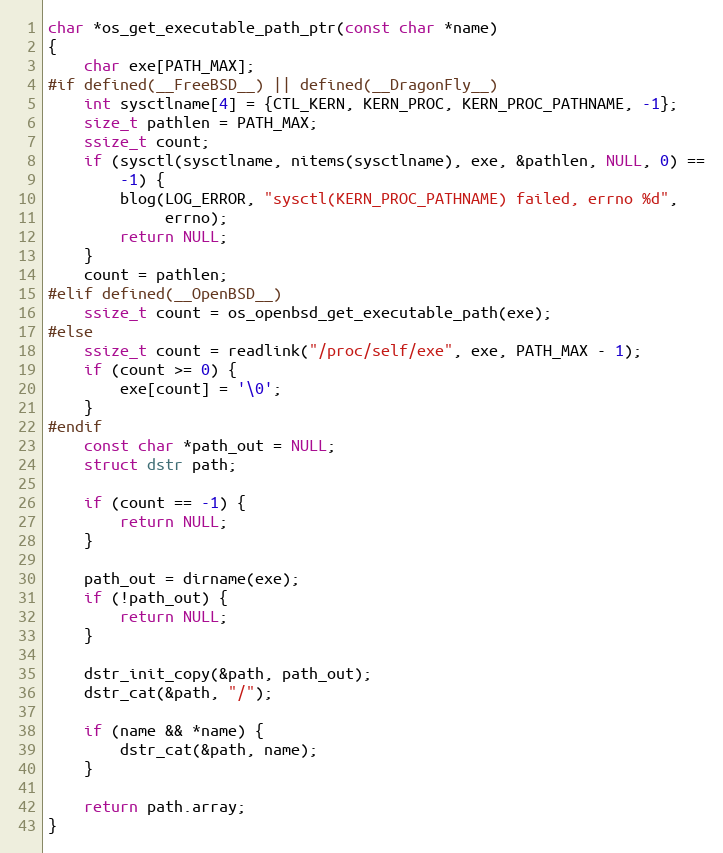
Language: C
char *os_get_executable_path_ptr(const char *name)
{
	char exe[PATH_MAX];
#if defined(__FreeBSD__) || defined(__DragonFly__)
	int sysctlname[4] = {CTL_KERN, KERN_PROC, KERN_PROC_PATHNAME, -1};
	size_t pathlen = PATH_MAX;
	ssize_t count;
	if (sysctl(sysctlname, nitems(sysctlname), exe, &pathlen, NULL, 0) ==
	    -1) {
		blog(LOG_ERROR, "sysctl(KERN_PROC_PATHNAME) failed, errno %d",
		     errno);
		return NULL;
	}
	count = pathlen;
#elif defined(__OpenBSD__)
	ssize_t count = os_openbsd_get_executable_path(exe);
#else
	ssize_t count = readlink("/proc/self/exe", exe, PATH_MAX - 1);
	if (count >= 0) {
		exe[count] = '\0';
	}
#endif
	const char *path_out = NULL;
	struct dstr path;

	if (count == -1) {
		return NULL;
	}

	path_out = dirname(exe);
	if (!path_out) {
		return NULL;
	}

	dstr_init_copy(&path, path_out);
	dstr_cat(&path, "/");

	if (name && *name) {
		dstr_cat(&path, name);
	}

	return path.array;
}